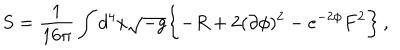
S = \frac { 1 } { 1 6 \pi } \int d ^ { 4 } x \sqrt { - g } \biggl \{ - R + 2 ( \partial \phi ) ^ { 2 } - e ^ { - 2 \phi } F ^ { 2 } \biggr \} \, ,